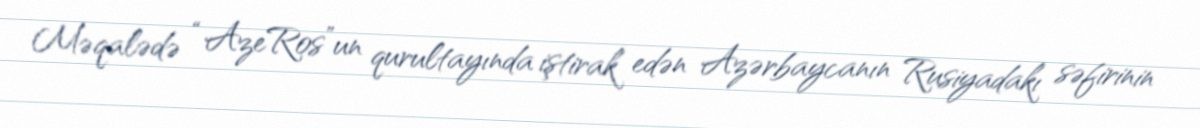
Məqalədə “AzeRos”un qurultayında iştirak edən Azərbaycanın Rusiyadakı səfirinin